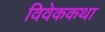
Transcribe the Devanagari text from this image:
विवेककथा